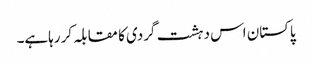
پاکستان اس دہشت گردی کا مقابلہ کر رہاہے۔